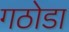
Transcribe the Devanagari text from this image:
गठोडा